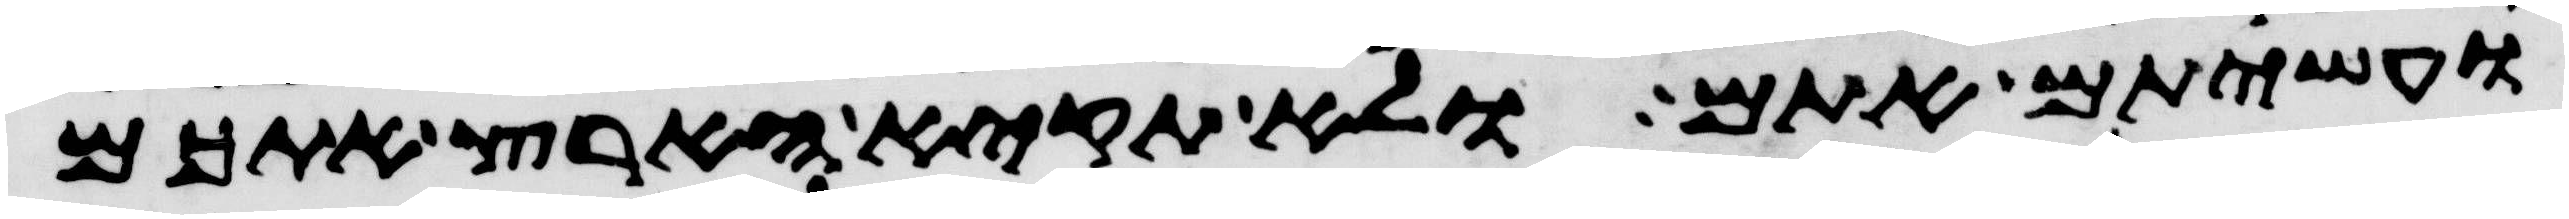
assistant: ועשיתם אתם ולא תקיא הארץ אתכם